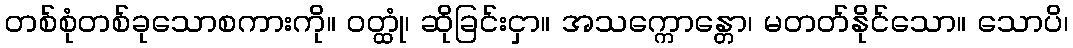
တစ်စုံတစ်ခုသောစကားကို။ ဝတ္ထုံ၊ ဆိုခြင်းငှာ။ အသက္ကောန္တော၊ မတတ်နိုင်သော။ သောပိ၊